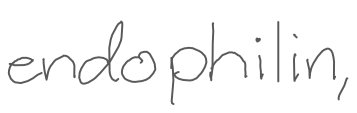
Text: endophilin,
Cross-out: clean
Writing tool: digital_gray